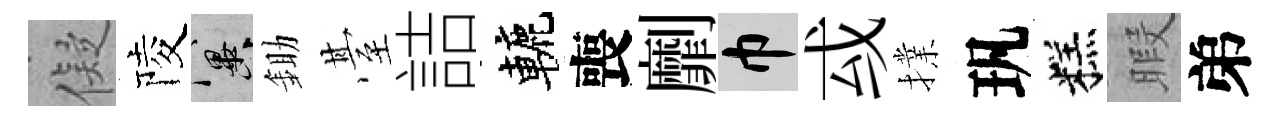
儗陵冀鋤䑓詰轆喪劘巾㦯擈㺬糕暇弟